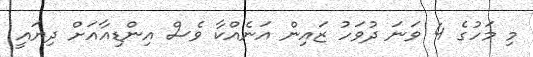
މި މަހުގެ 4 ވަނަ ދުވަހު ޒައިން އަނެއްކާ ވެސް އިންޑިއާއަށް ދިޔައީ